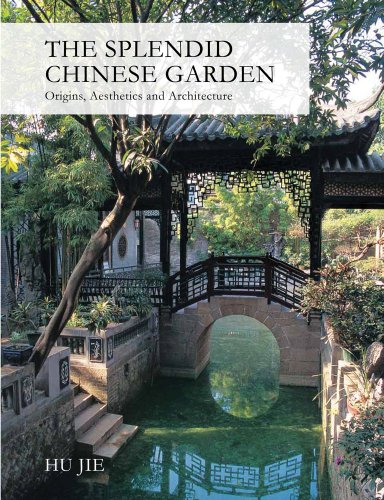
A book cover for The Splendid Chinese Garden: Origins, Aesthetics and Architecture; Hu Jie; Crafts, Hobbies & Home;